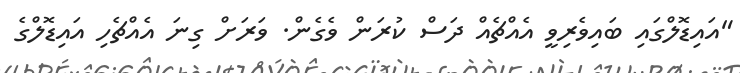
"އައިޑޮލްގައި ބައިވެރިވީ އެއްޗެއް ދަސް ކުރަން ވެގެން. ވަރަށް ގިނަ އެއްޗެހި އައިޑޮލްގެ